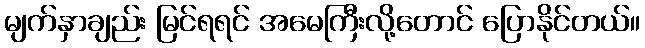
မျက်နှာချည်း မြင်ရရင် အမေကြီးလို့တောင် ပြောနိုင်တယ်။